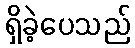
ရှိခဲ့ပေသည်